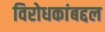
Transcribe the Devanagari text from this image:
विरोधकांबद्दल